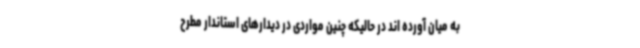
به میان آورده اند در حالیکه چنین مواردی در دیدارهای استاندار مطرح